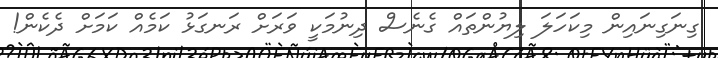
ގިނަގިނައިން މިކަހަލަ ލިޔުންތައް ގެނެސް ދިނުމަކީ ވަރަށް ރަނގަޅު ކަމެއް ކަމަށް ދެކެން!